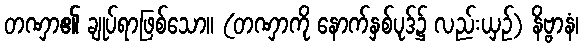
တဏှာ၏ ချုပ်ရာဖြစ်သော။ (တဏှာကို နောက်နှစ်ပုဒ်၌ လည်းယှဉ်) နိဗ္ဗာနံ၊